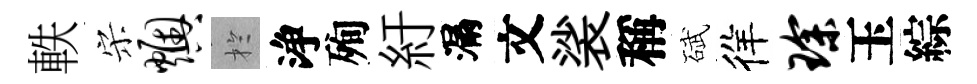
軼宋燠扵浄殉紆漏文裟稱碔徉琛玉綜